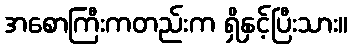
အစောကြီးကတည်းက ရှိနှင့်ပြီးသား။